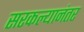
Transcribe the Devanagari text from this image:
सरकल्यानंतर